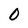
Character: 0